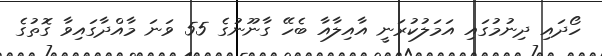
ހޯދައި ދިނުމުގައި އަމަލުކުރަނީ އާއިލާއާ ބެހޭ ގާނޫނުގެ 55 ވަނަ މާއްދާގައިވާ ގޮތުގެ